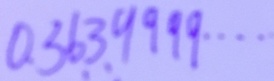
0 . 3 6 3 9 9 9 9 \cdots